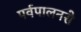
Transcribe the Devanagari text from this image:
पर्वपालनसे